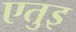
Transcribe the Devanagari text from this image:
एतुइ